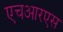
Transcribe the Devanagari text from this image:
एचआरएस